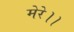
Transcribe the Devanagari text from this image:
मेरे।।